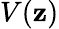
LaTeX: V(\mathbf{z})